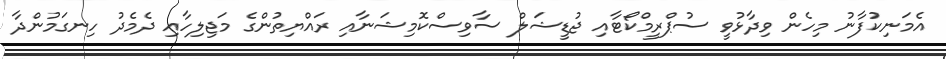
އެމަނިކުފާނު މިހެން ވިދާޅުވީ ސުޕްރީމްކޯޓާއި ޖުޑީޝަލް ސާވިސްކޮމިޝަނާއި ރައްޔިތުންގެ މަޖިލިހާއި ދެމެދު ހިނގަމުންދާ